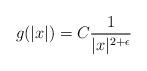
LaTeX: \begin{align*}g(|x|) = C\frac{1}{|x|^{2+\epsilon}} \end{align*}